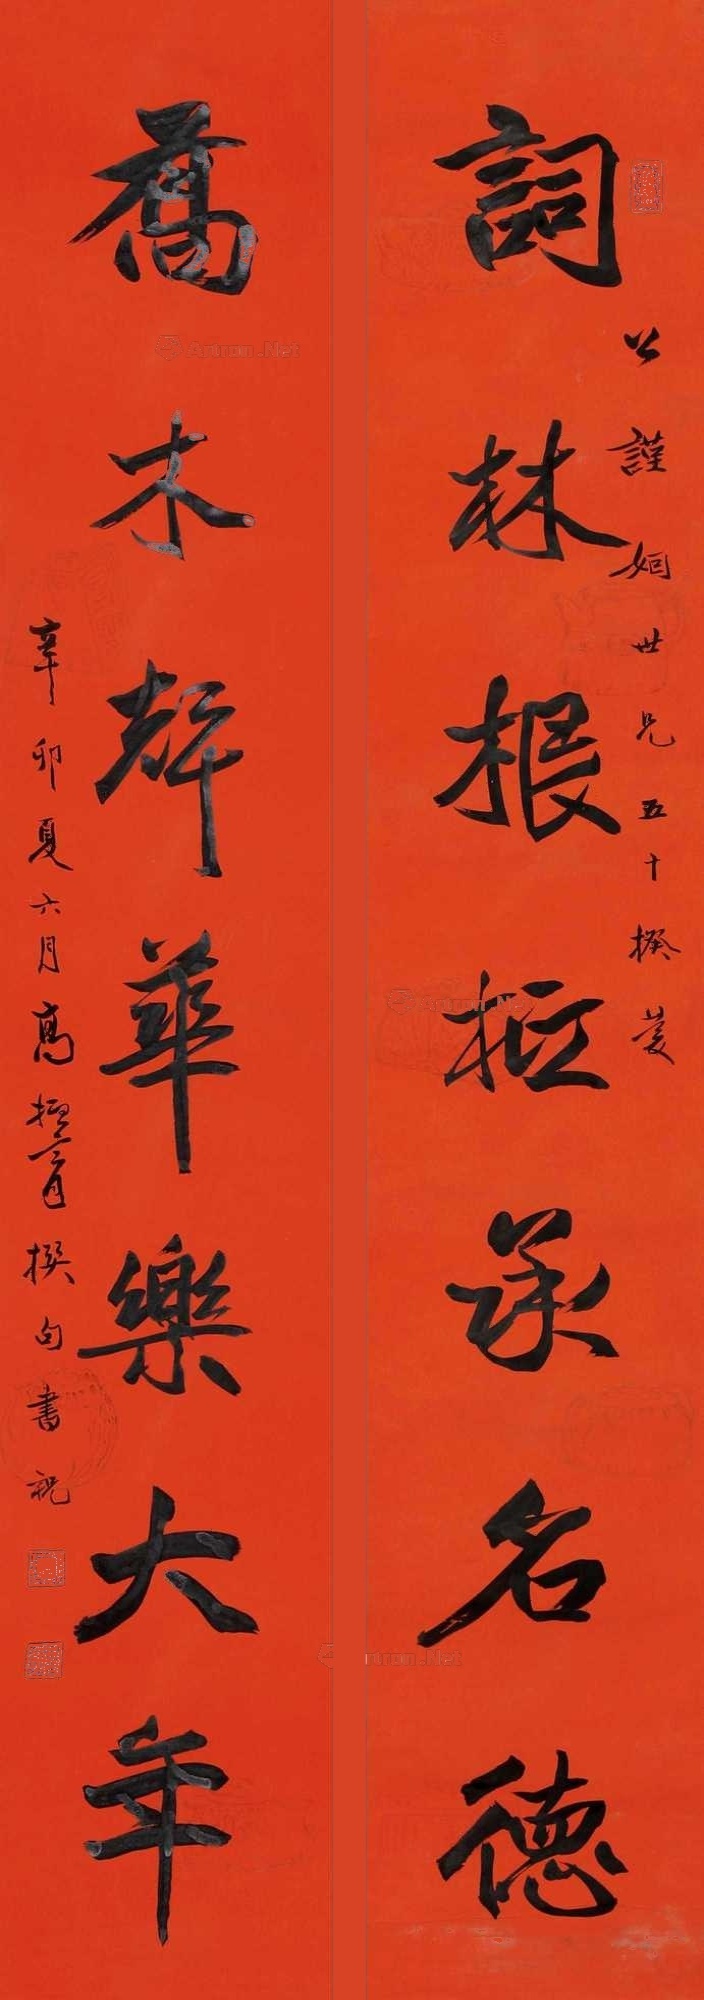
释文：词林根拉承名德，乔木声华乐大年。公谨姻世兄五十揆庆，辛卯夏六月高振霄撰句书祝。